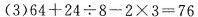
(3) $$6 4 + 2 4\div 8 - 2\times